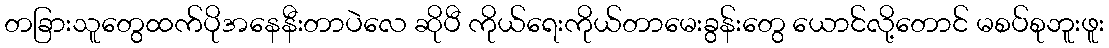
တခြားသူတွေထက်ပိုအနေနီးတာပဲလေ ဆိုပီ ကိုယ်ရေးကိုယ်တာမေးခွန်းတွေ ယောင်လို့တောင် မစပ်စုဘူးဖူး